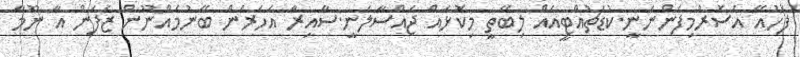
ފަހުއޭ އެސޮރުމިފެންނަނީ.ކުޑަޗުއްޓީއެއް ލިބޭތީ މިކޮޅައް ޖައްސާލަނީ.ސާއިރާ އަހަރެން ބޭނުމެއްނޫން ޒެފަން އާ ނޫމާ